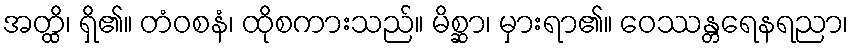
အတ္ထိ၊ ရှိ၏။ တံဝစနံ၊ ထိုစကားသည်။ မိစ္ဆာ၊ မှားရာ၏။ ဝေဿန္တရေနရညာ၊